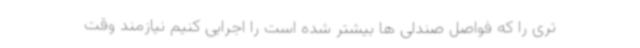
تری را که فواصل صندلی ها بیشتر شده است را اجرایی کنیم نیازمند وقت